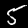
Digit: 5